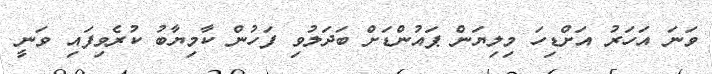
ވަނަ އަހަރު އަށްޑިހަ މިލިޔަން ޕައުންޑަށް ބަދަލުވި ފަހުން ކާމިޔާބު ކުރެވިފައި ވަނީ